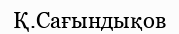
Қ.Сағындықов